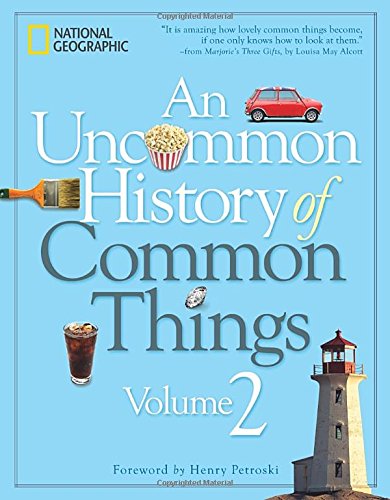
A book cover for An Uncommon History of Common Things, Volume 2; National Geographic; Humor & Entertainment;